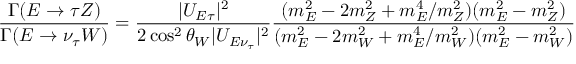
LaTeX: { \frac { \Gamma ( E \rightarrow \tau Z ) } { \Gamma ( E \rightarrow \nu _ { \tau } W ) } } = { \frac { | U _ { E \tau } | ^ { 2 } } { 2 \cos ^ { 2 } \theta _ { W } | U _ { E \nu _ { \tau } } | ^ { 2 } } } { \frac { ( m _ { E } ^ { 2 } - 2 m _ { Z } ^ { 2 } + m _ { E } ^ { 4 } / m _ { Z } ^ { 2 } ) ( m _ { E } ^ { 2 } - m _ { Z } ^ { 2 } ) } { ( m _ { E } ^ { 2 } - 2 m _ { W } ^ { 2 } + m _ { E } ^ { 4 } / m _ { W } ^ { 2 } ) ( m _ { E } ^ { 2 } - m _ { W } ^ { 2 } ) } }